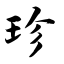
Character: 珍